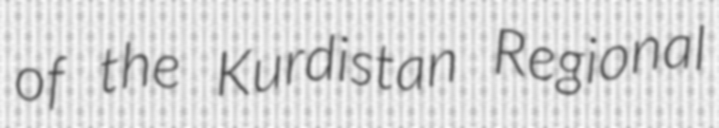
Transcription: of the Kurdistan Regional